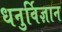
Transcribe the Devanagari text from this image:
धनुर्विज्ञान